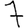
Digit: 7